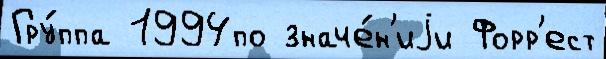
Гру́ппа 1994по значе́н'иjи Форр'ест